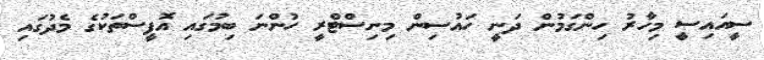
ސީއައިސީ މިހާރު ހިންގަމުން ދަނީ ހައުސިން މިނިސްޓްރީ ހުންނަ ބިމުގައި އޮފީސްތަކުގެ މެދުގައި